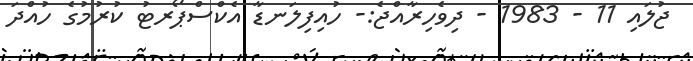
ޖުލައި 11 - 1983 - ދިވެހިރާއްޖެ:- ހުއިފިލަނޑާ އެކްސްޕޯރޓު ކުރުމުގެ ހުއްދަ